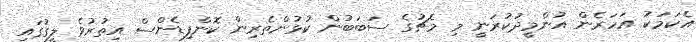
އެކަމަކު އަހަރެން އުންމީދުކުރަނީ މި މެޗުގެ ސަބަބުން ކުޅުންތެރިން ކޮންފިޑެންސް އިތުރުވެ ލީގުގައި